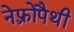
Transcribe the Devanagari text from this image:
नेफ़्रोपैथी